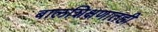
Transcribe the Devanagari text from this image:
बालशिक्षणातही